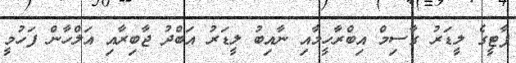
ޕާޓީގެ ލީޑަރު ގާސިމް އިބްރާހީމާއި ނާއިބު ލީޑަރު އަބްދު ޖާބިރާއި އަލްހާން ފަހުމީ